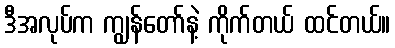
ဒီအလုပ်က ကျွန်တော်နဲ့ ကိုက်တယ် ထင်တယ်။